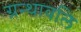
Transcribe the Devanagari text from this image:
ग्रन्थावलि